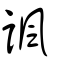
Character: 諷